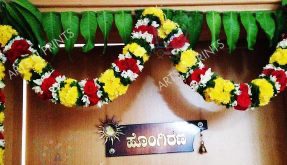
Language: kannada
Transcription: ಹೊಂಗಿರಣ